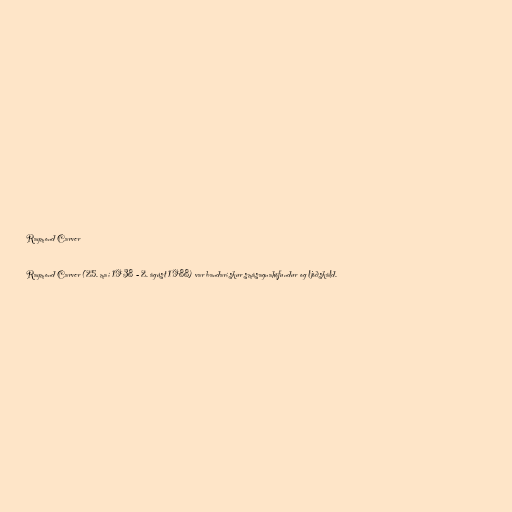
Raymond Carver

Raymond Carver (25. maí 1938 - 2. ágúst 1988) var bandarískur smásagnahöfundur og ljóðskáld.